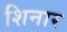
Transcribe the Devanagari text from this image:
शिनार